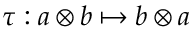
\tau : a \otimes b \mapsto b \otimes a